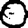
Digit: 0